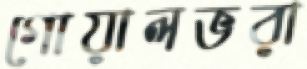
গোয়ালভরা